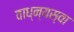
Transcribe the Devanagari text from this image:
वाध्न्यस्वा